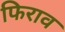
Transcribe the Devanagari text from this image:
फिराव